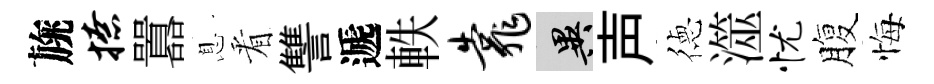
旐撩囂息㸔讐遞軼靠异声徳澨忧腹悔